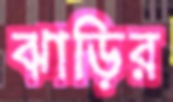
ঝাড়ির